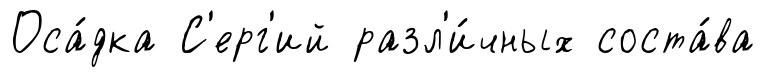
Оса́дка С'ерг'ий разл'и́чных соста́ва